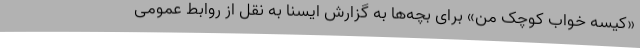
«کیسه خواب کوچک من» برای بچه‌ها به گزارش ایسنا به نقل از روابط عمومی